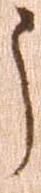
う